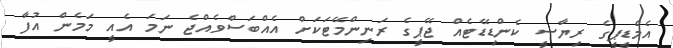
އެމްޑީޕީގެ ރިޔާސީ ކެންޑިޑޭޓެއް ޖޭޕީގެ ރަނިންމޭޓަކަށް އެއްބަސްވެއްޖެ ނަމަ އެއީ މަމެން އުފާ